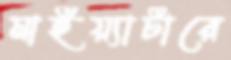
মাইয়্যাটারে